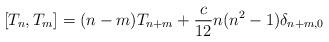
LaTeX: \begin{align*}\left[ T_{n},T_{m}\right] =(n-m)T_{n+m}+\frac{c}{12}n(n^{2}-1)\delta _{n+m,0}\end{align*}